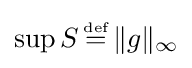
\sup S\,{\stackrel {\scriptscriptstyle {\text{def}}}{=}}\,\|g\|_{\infty }